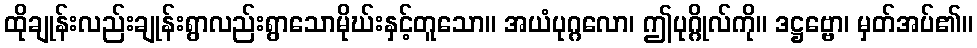
ထိုချုန်းလည်းချုန်းရွာလည်းရွာသောမိုဃ်းနှင့်တူသော။ အယံပုဂ္ဂလော၊ ဤပုဂ္ဂိုလ်ကို။ ဒဋ္ဌဗ္ဗော၊ မှတ်အပ်၏။